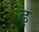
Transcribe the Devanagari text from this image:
ढ़्